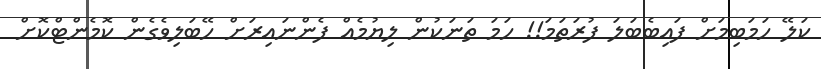
ކަލޭ ހަމަބިމަށް ފައިބެބަލަ ފުރަތަމަ!! ހަމަ ތަނަކުން ލިޔުމެއް ފެންނައިރަށް ހޭބަލިވެގެން ކޮމެންޓްކޮށް